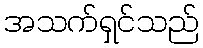
အသက်ရှင်သည်